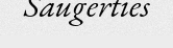
Saugerties